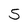
Character: 5